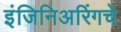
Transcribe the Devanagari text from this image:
इंजिनिअरिंगचे